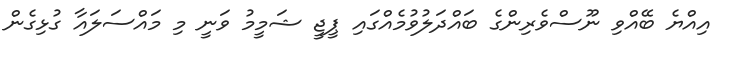
އިއްޔެ ބޭއްވި ނޫސްވެރިންގެ ބައްދަލުވުމެއްގައި ޕީޖީ ޝަމީމު ވަނީ މި މައްސަލައާ ގުޅިގެން